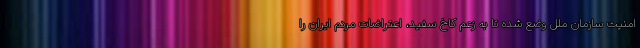
امنیت سازمان ملل وضع شده تا به زعم کاخ سفید، اعتراضات مردم ایران را